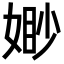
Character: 𭒈